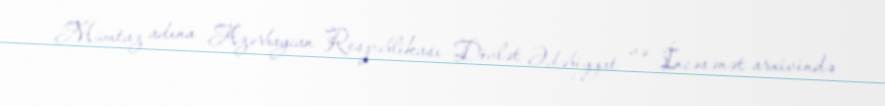
Mümtaz adına Azərbaycan Respublikası Dövlət Ədəbiyyat və İncəsənət arxivində